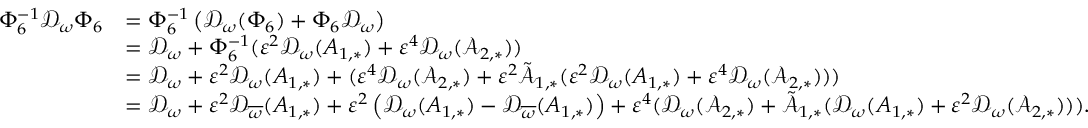
\begin{array} { r l } { \Phi _ { 6 } ^ { - 1 } \mathcal { D } _ { \omega } \Phi _ { 6 } } & { = \Phi _ { 6 } ^ { - 1 } \left( \mathcal { D } _ { \omega } ( \Phi _ { 6 } ) + \Phi _ { 6 } \mathcal { D } _ { \omega } \right) } \\ & { = \mathcal { D } _ { \omega } + \Phi _ { 6 } ^ { - 1 } ( \varepsilon ^ { 2 } \mathcal { D } _ { \omega } ( A _ { 1 , * } ) + \varepsilon ^ { 4 } \mathcal { D } _ { \omega } ( \mathcal { A } _ { 2 , * } ) ) } \\ & { = \mathcal { D } _ { \omega } + \varepsilon ^ { 2 } \mathcal { D } _ { \omega } ( A _ { 1 , * } ) + ( \varepsilon ^ { 4 } \mathcal { D } _ { \omega } ( \mathcal { A } _ { 2 , * } ) + \varepsilon ^ { 2 } \tilde { \mathcal { A } } _ { 1 , * } ( \varepsilon ^ { 2 } \mathcal { D } _ { \omega } ( A _ { 1 , * } ) + \varepsilon ^ { 4 } \mathcal { D } _ { \omega } ( \mathcal { A } _ { 2 , * } ) ) ) } \\ & { = \mathcal { D } _ { \omega } + \varepsilon ^ { 2 } \mathcal { D } _ { \overline { { \omega } } } ( A _ { 1 , * } ) + \varepsilon ^ { 2 } \left( \mathcal { D } _ { { \omega } } ( A _ { 1 , * } ) - \mathcal { D } _ { \overline { { \omega } } } ( A _ { 1 , * } ) \right) + \varepsilon ^ { 4 } ( \mathcal { D } _ { \omega } ( \mathcal { A } _ { 2 , * } ) + \tilde { \mathcal { A } } _ { 1 , * } ( \mathcal { D } _ { \omega } ( A _ { 1 , * } ) + \varepsilon ^ { 2 } \mathcal { D } _ { \omega } ( \mathcal { A } _ { 2 , * } ) ) ) . } \end{array}